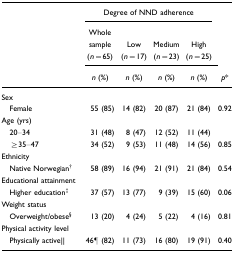
|  | <COLSPAN=4> Degree of NND adherence |  |
 |  | Whole sample (n=65) | Low (n=17) | Medium (n=23) | High (n=25) |  |
 |  | n (%) | n (%) | n (%) | n (%) | p* |
 | --- | --- | --- | --- | --- | --- |
 | Sex |  |  |  |  |  |
 | Female | 55 (85) | 14 (82) | 20 (87) | 21 (84) | 0.92 |
 | Age (yrs) |  |  |  |  |  |
 | 20–34 | 31 (48) | 8 (47) | 12 (52) | 11 (44) |  |
 | ≥35–47 | 34 (52) | 9 (53) | 11 (48) | 14 (56) | 0.85 |
 | Ethnicity |  |  |  |  |  |
 | Native Norwegian† | 58 (89) | 16 (94) | 21 (91) | 21 (84) | 0.54 |
 | Educational attainment |  |  |  |  |  |
 | Higher education‡ | 37 (57) | 13 (77) | 9 (39) | 15 (60) | 0.06 |
 | Weight status |  |  |  |  |  |
 | Overweight/obese§ | 13 (20) | 4 (24) | 5 (22) | 4 (16) | 0.81 |
 | Physical activity level |  |  |  |  |  |
 | Physically active|| | 46¶ (82) | 11 (73) | 16 (80) | 19 (91) | 0.40 |